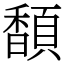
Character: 䫝